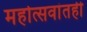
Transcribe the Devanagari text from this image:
महोत्सवांतही